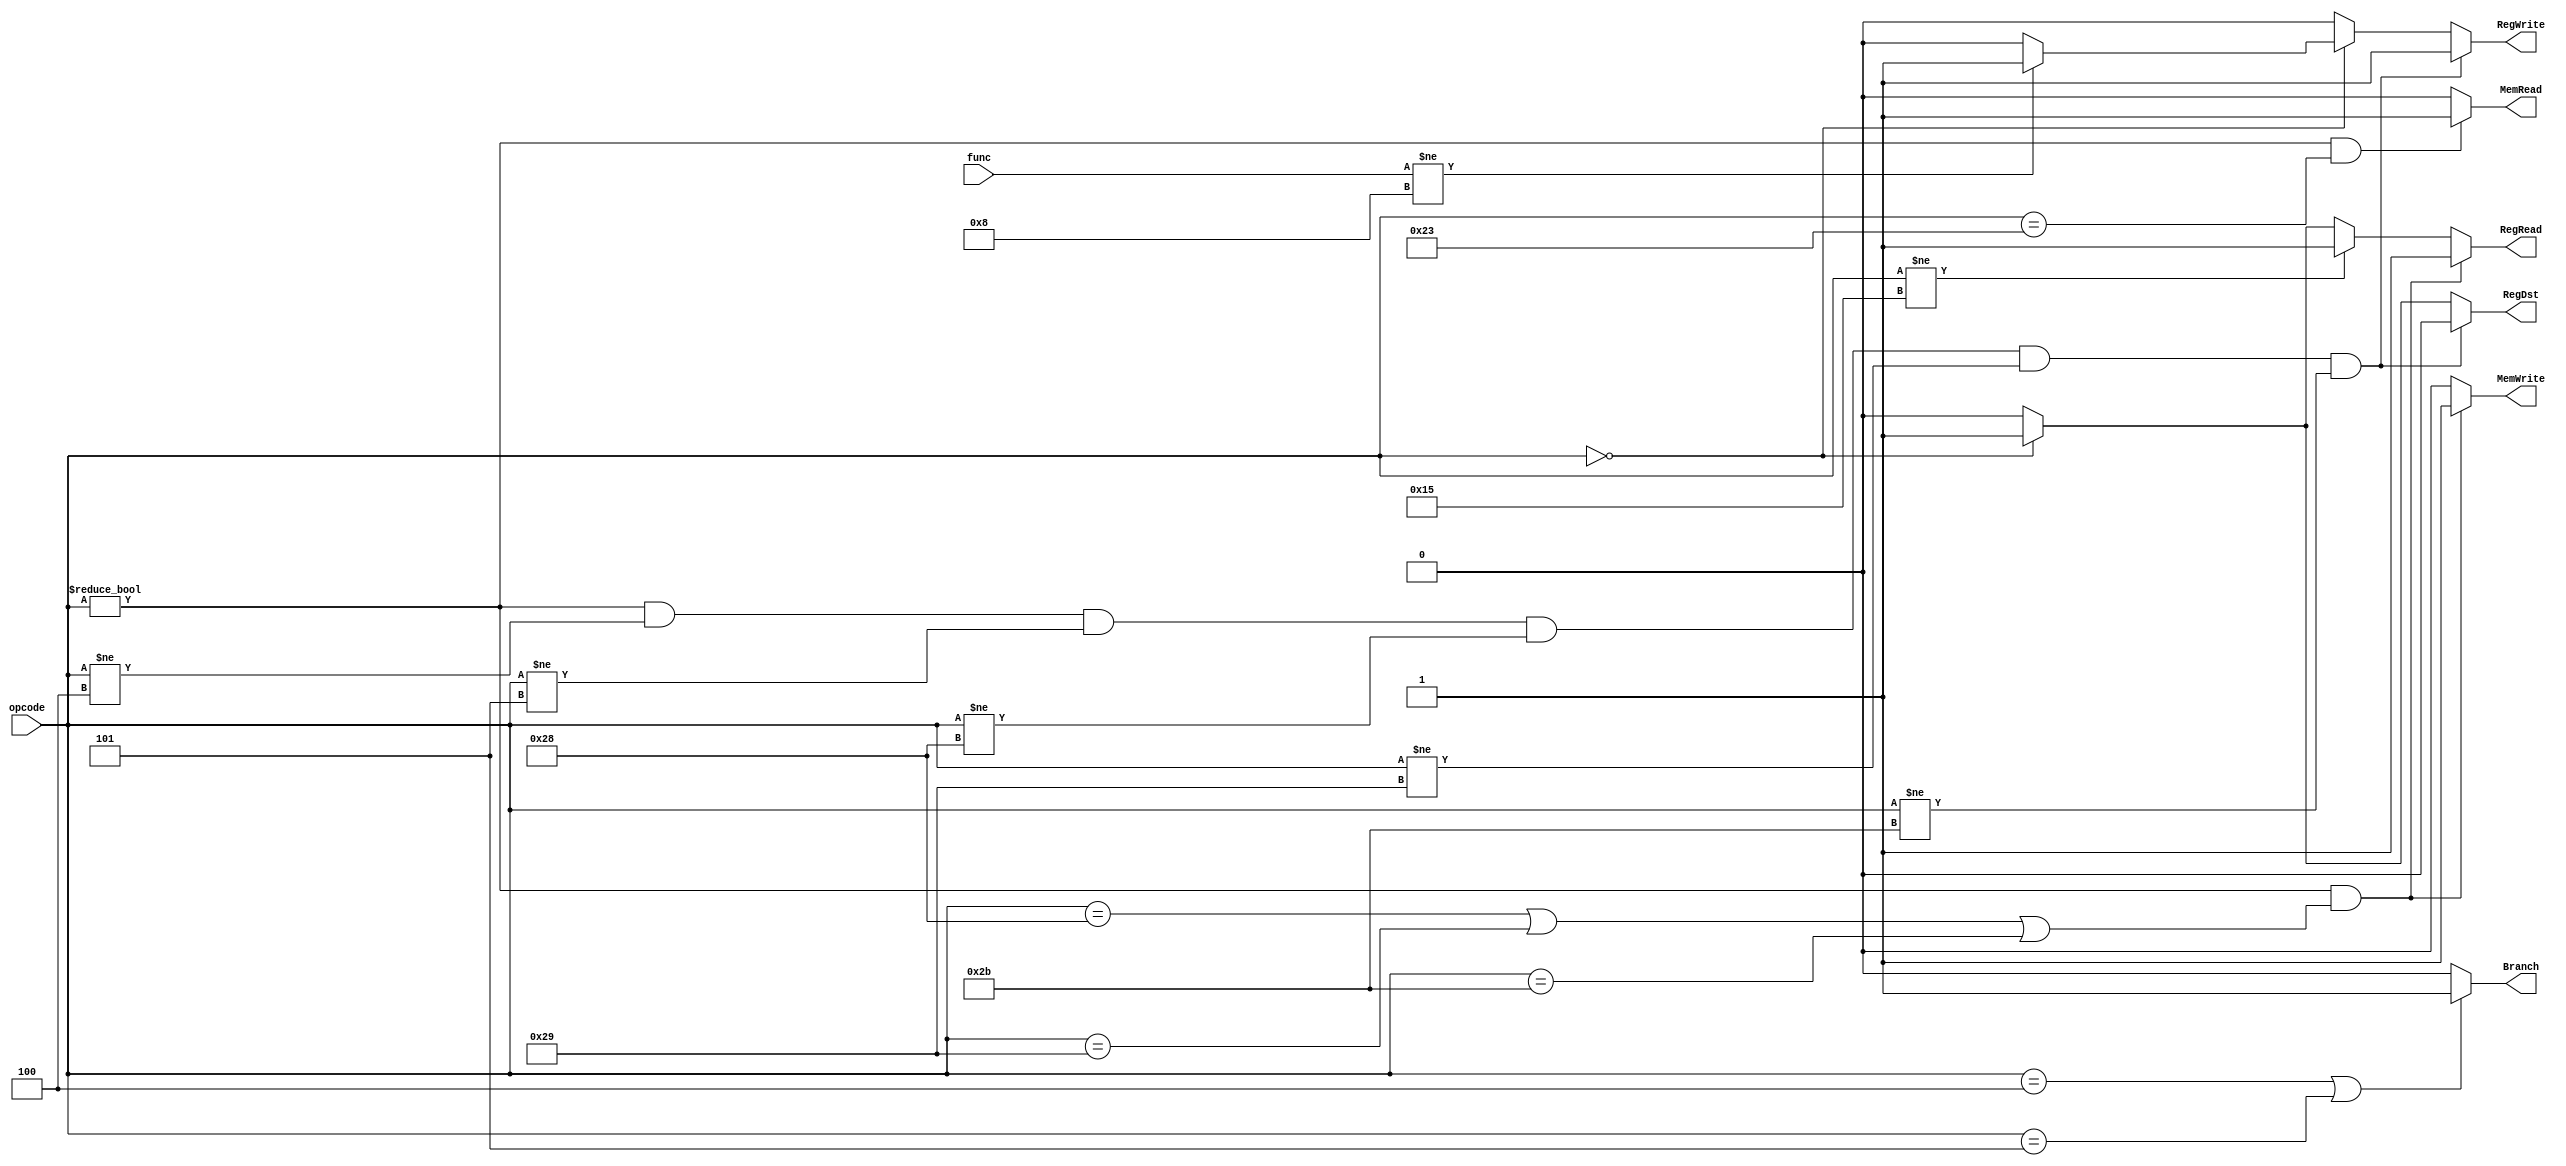
`timescale 1ns / 1ps
//////////////////////////////////////////////////////////////////////////////////
// Company: 
// Engineer: 
// 
// Design Name: 
// Module Name: control_unit
// Project Name: 
// Target Devices: 
// Tool Versions: 
// Description: 
// 
// Dependencies: 
// 
// Revision:
// Revision 0.01 - File Created
// Additional Comments:
// 
//////////////////////////////////////////////////////////////////////////////////

module control_unit(
	output reg RegRead,
				  RegWrite,
				  MemRead,
				  MemWrite,
				  RegDst, // if this is 0 select rt, otherwise select rd
				  Branch,
	input [5:0] opcode, func
);
	
	always @(opcode, func) begin
	
		// First, reset all signals
		MemRead  = 1'b0;
		MemWrite = 1'b0;
		RegWrite = 1'b0;
		RegRead  = 1'b0;
		RegDst   = 1'b0;
		Branch   = 1'b0;
		
		// R type
		if(opcode == 6'h0)
            begin
                RegDst = 1'b1;
                RegRead = 1'b1;
                // if not jr
                if(func != 6'h08) 
                    begin
                        RegWrite = 1'b1;
                    end
            end
            

		// For lui there is no need to register read
		if(opcode != 6'b010101)
            begin
                RegRead = 1'b1;
            end
		// If r-type, don't enter this block
		
		// For r-type, beq, bne, sb, sh and sw there is no need to register write
		if(opcode != 6'h0 & opcode != 6'h4 & opcode != 6'h5 & opcode != 6'h28 & opcode != 6'h29 & opcode != 6'h2b) 
		begin
			RegWrite = 1'b1;
			RegDst   = 1'b0;
		end
		// For branch instructions
		if(opcode == 6'h4 | opcode == 6'h5) 
            begin
                Branch   = 1'b1;
            end
		// For memory write operation
		// sb, sh and sw use memory to write
		if(opcode != 6'h0 & (opcode == 6'h28 | opcode == 6'h29 | opcode == 6'h2b)) 
            begin
                MemWrite = 1'b1;
                RegRead  = 1'b1;
            end
		// For memory read operation
		// lw, 
		if(opcode != 6'h0 & (opcode == 6'h23))begin
			MemRead = 1'b1;
		end
		// J type
		// Do nothing!..
		// All signals already 0.
	end
	
endmodule